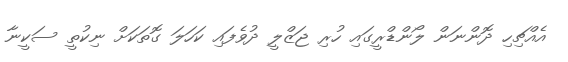
އެއްޗިހި ދޮންނަން ލޯންޑްރީގައި ހުރި ޖަޒްލީ ދުވެފައި ކަހަލަ ގޮތަކަށް ނިކުތީ ސަކީނާ